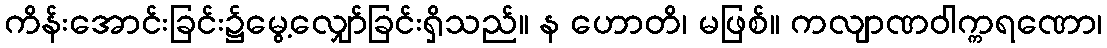
ကိန်းအောင်းခြင်း၌မွေ့လျှော်ခြင်းရှိသည်။ န ဟောတိ၊ မဖြစ်။ ကလျာဏဝါက္ကရဏော၊